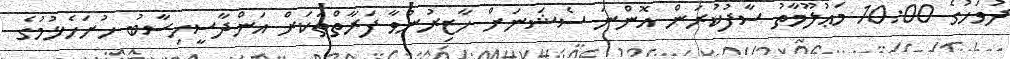
ދުވަހުގެ 10:00 މަޢުލޫމާތު ސާފުކުރަން އޮންނަ ސެޝަނަށް ހާޒިރުނުވާ ފަރާތްތަކަށް އަންދާސީހިސާބު ހުށަހެޅުމުގެ